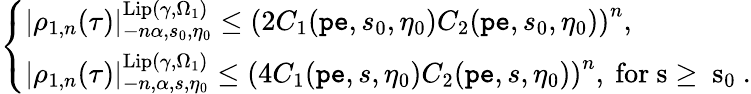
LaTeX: \begin{array}{r}{\left\{ \begin{array}{ll}{|\rho_{1,n}(\tau)|_{-n\alpha,s_{0},\eta_{0}}^{\mathrm{Lip}(\gamma,\Omega_{1})}\le\left(2C_{1}(\mathtt{pe},s_{0},\eta_{0})C_{2}(\mathtt{pe},s_{0},\eta_{0})\right)^{n},}\\ {|\rho_{1,n}(\tau)|_{-n,\alpha,s,\eta_{0}}^{\mathrm{Lip}(\gamma,\Omega_{1})}\le\left(4C_{1}(\mathtt{pe},s,\eta_{0})C_{2}(\mathtt{pe},s,\eta_{0})\right)^{n},\mathrm{~for~s\ge~s_0~.}}\end{array}\right.}\end{array}